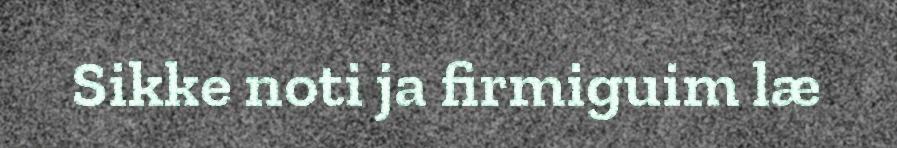
Sikke noti ja firmiguim læ